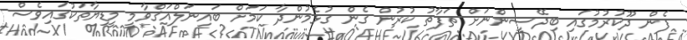
ފެން ދޫކުރުމުގައި ބިދޭސީންނަށް ތަފާތު ކުރުން ގެން ގުޅެމުންދާ ކަމަށް ބައިނަލްއަޤްވާމީ މީޑިޔާތަކުގައިވެސް